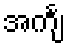
အင်္ကျ